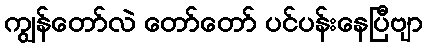
ကျွန်တော်လဲ တော်တော် ပင်ပန်းနေပြီဗျာ